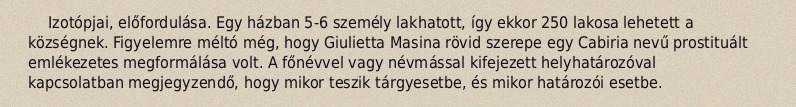
Izotópjai, előfordulása. Egy házban 5-6 személy lakhatott, így ekkor 250 lakosa lehetett a községnek. Figyelemre méltó még, hogy Giulietta Masina rövid szerepe egy Cabiria nevű prostituált emlékezetes megformálása volt. A főnévvel vagy névmással kifejezett helyhatározóval kapcsolatban megjegyzendő, hogy mikor teszik tárgyesetbe, és mikor határozói esetbe.